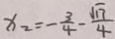
x _ { 2 } = - \frac { 3 } { 4 } - \frac { \sqrt { 1 7 } } { 4 }